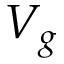
V _ { g }